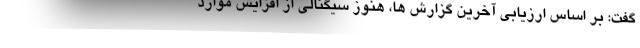
گفت: بر اساس ارزیابی آخرین گزارش ها، هنوز سیگنالی از افزایش موارد